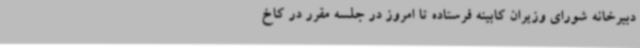
دبیرخانه شورای وزیران کابینه فرستاده تا امروز در جلسه مقرر در کاخ